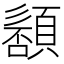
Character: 䫠